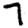
Digit: 7